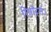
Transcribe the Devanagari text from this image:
रिसॉर्ट्स।